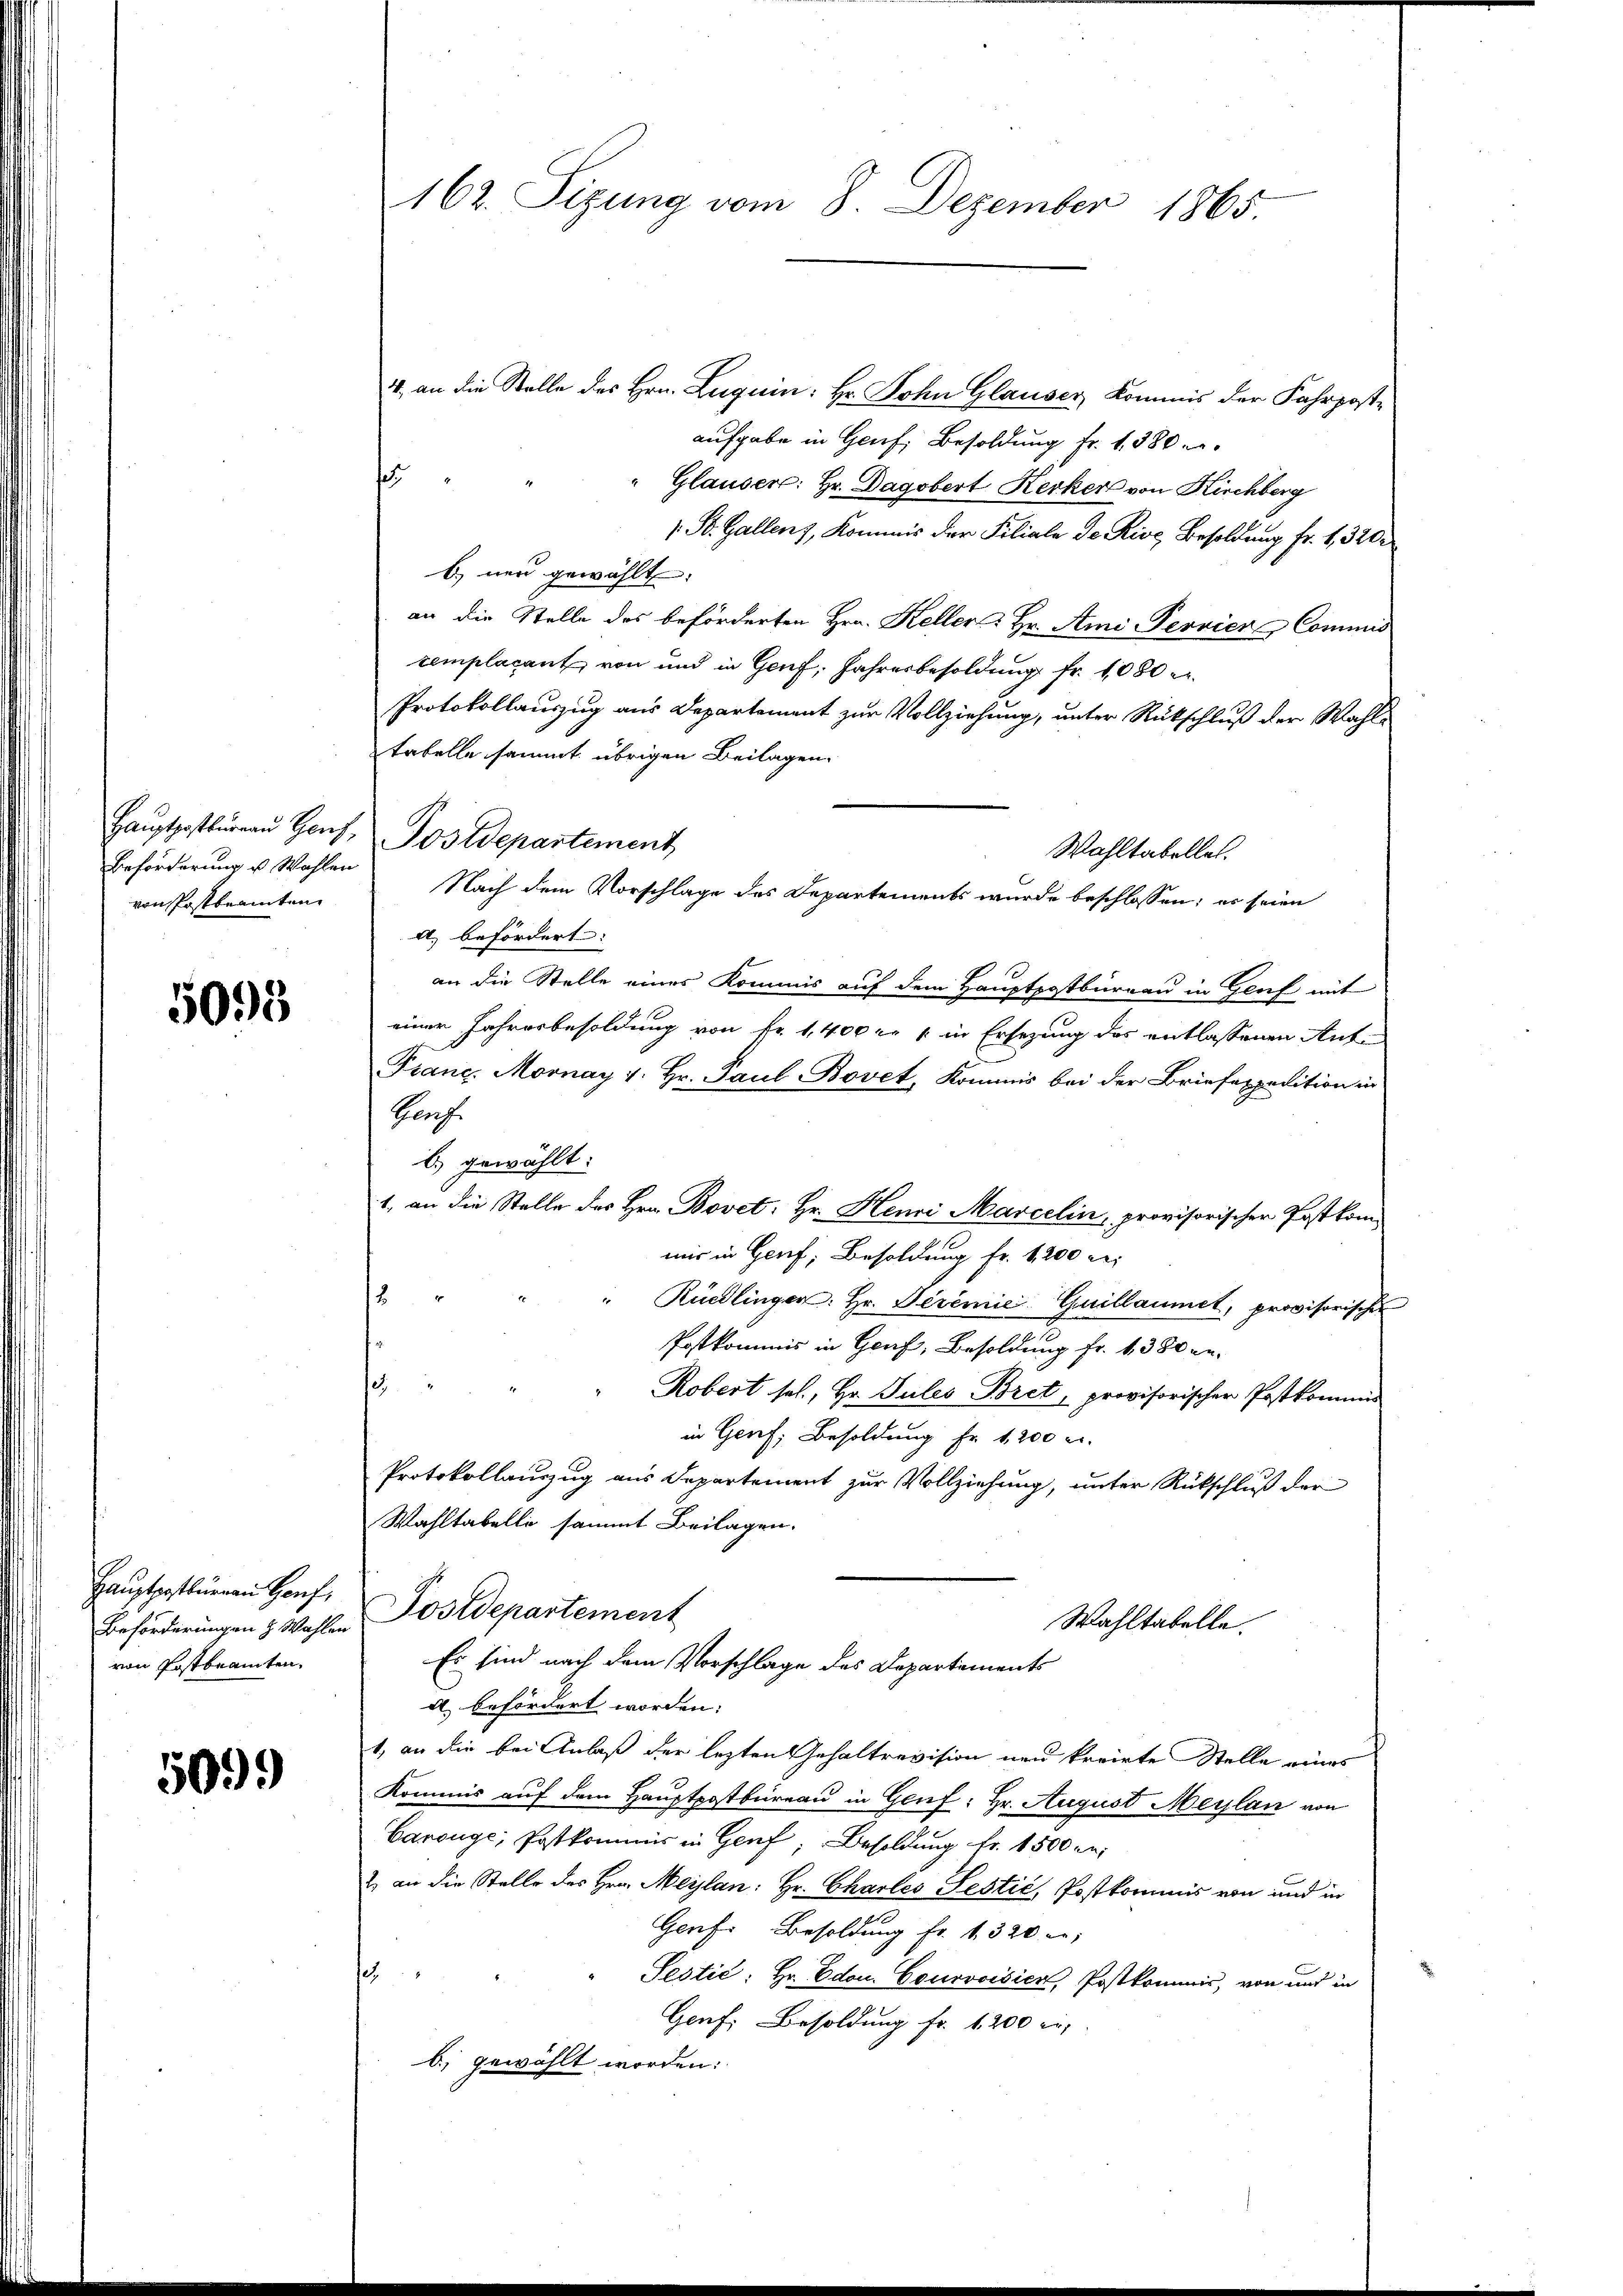
Beförderung u. Wahlen
von Postbeamten

5095

Hauptpostbüreau Hof
von Postbeamten.

5099

162. Sizung vom 8. Dezember 1865

44, an die Stelle des Hrn. Zuguin: Hr. John Glauser, Kommis der Fahrpostaufgabe in Genf, Besoldung fr. 1380
s
Glauser: Hr. Dagobert Kerker von Kirchberg
1. St. Gallenz, Kommis der Filiale de Rise Besoldung fr. 1, 320.
b neu gewählt. |
an die Stelle des beförderten Hrn. Keller  Hr. Ami Pervier-Commis
zemplacant von und in Genf, Jahresbesoldung fr. 1080 er
Protokollauszug aus Departement zur Vollziehung, unter Rückschluß der Wahltabelle sammt übrigen Beilagen.
a) befördert:
1
an die Stelle eines Kommis auf dem Hauptpostbüreau in Genf mit
einer Jahresbesoldung von Fr. 1,400 l. 1 in Ersezung des entlassenen Ant¬
Franz. Mornay v. Hr. Paul Bovet, Kommis bei der Briefexpedition in
Prof.
b) gewählt:
1. an die Stelle des Hrn. Bovet: Hr. Henri Marcelin, provisorischer Postkom
mir in Genf, Besoldung fr. 1200 rei
2
Rüedlinger: Hr. Deremie. Guillaumet, provisorischen
Postkommis in Genf, Besoldung fr. 1380 en
s
Robert sel., Hr. Sules Bret, provisorischer Postkommis
in Genf, Besoldung Fr. 1200 r
Protokollauszug aus Departement zur Vollziehung, unter Rückschluß der
Wahltabelli sammt Beilagen.
Beförderungen & Wahlen Postdepartement
Wahltabelle.
Es sind nach dem Vorschlage des Departements
a befördert worden;
1, an die bei Anlaß der lezten Gehaltrevision neu korirte Stelle eines
Kommis auf dem Hauptpostbüreau in Genf, Hr. August Meylan von
Carouge, Postkommis in Genf, Besoldung Fr. 1500 M.
2 an die Stelle des Hrn. Meilen: Hr. Charleo Testić, Postkommis von und in
Genf. Besoldung Fr. 1320 ne
e
Sestić: Hr. Odon. Courvoisicn, Postkommis, von und in
Genf, Besoldung fr. 1200 r.
b) gewählt worden:

Haŭptpostkŭrren Genf, Postdepartement

Wahltabelles.
Nach dem Vorschlage des Departements wurde beschlossen; es seien